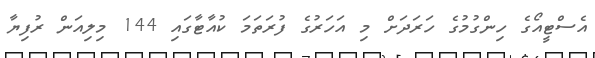
އެސްޓީއޯގެ ހިންގުމުގެ ހަރަދަށް މި އަހަރުގެ ފުރަތަމަ ކުއާޓާގައި 144 މިލިއަން ރުފިޔާ